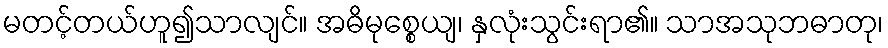
မတင့်တယ်ဟူ၍သာလျင်။ အဓိမုစ္စေယျ၊ နှလုံးသွင်းရာ၏။ သာအသုဘဓာတု၊